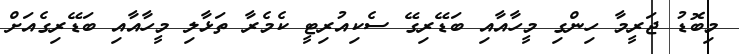
މިބޮޑު ޖަރީމާ ހިންގި މީހާއާއި ބަޑޭރިގޭ ސެކިއުރިޓީ ކެމެރާ ތަޅާލި މީހާއާއި ބަޑޭރިގެއަށް